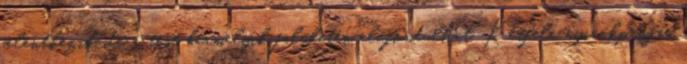
jelentkezik, de a test bármelyik felületén előfordulhat. Kétféle nyirokpangás